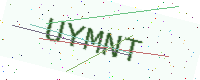
Text: UYMNT